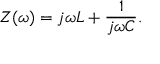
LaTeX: Z ( \omega ) = j \omega L + { \frac { 1 } { j \omega C } } .